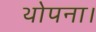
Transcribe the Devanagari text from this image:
थोपना।